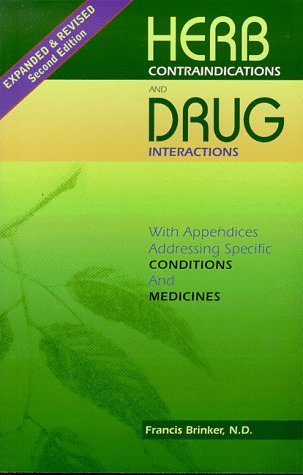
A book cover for Herb Contraindications And Drug Interactions, Second Edition; N.D. Francis J. Brinker; Health, Fitness & Dieting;